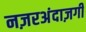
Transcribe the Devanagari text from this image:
नज़रअंदाज़गी